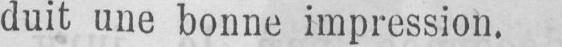
duit une bonne impression.